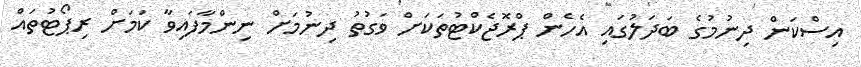
އިސްކަން ދިނުމުގެ ބަދަލުގައި އެހެން ޕްރޮޖެކްޓުތަކަށް ވަގުތު ދިނުމަށް ނިންމާފައިވާ ކަމަށް ރިޕޯޓުތައް